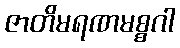
ဇာတိမရဏမစ္စဂါ